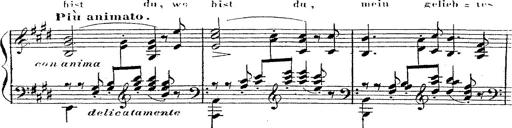
Title: 12 Lieder von Franz Schubert
Composer: Franz Liszt